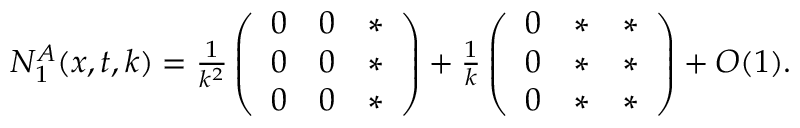
\begin{array} { r } { N _ { 1 } ^ { A } ( x , t , k ) = \frac { 1 } { k ^ { 2 } } \left( \begin{array} { l l l } { 0 } & { 0 } & { * } \\ { 0 } & { 0 } & { * } \\ { 0 } & { 0 } & { * } \end{array} \right) + \frac { 1 } { k } \left( \begin{array} { l l l } { 0 } & { * } & { * } \\ { 0 } & { * } & { * } \\ { 0 } & { * } & { * } \end{array} \right) + O ( 1 ) . } \end{array}